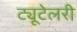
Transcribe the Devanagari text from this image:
ट्यूटेलरी